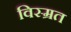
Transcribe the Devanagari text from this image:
विस्म्रत